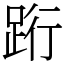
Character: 䟰